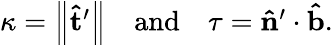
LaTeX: \begin{array}{r}{\kappa=\left\lVert\mathbf{\hat{t}^{\prime}}\right\rVert\quad\textrm{and}\quad\tau=\mathbf{\hat{n}^{\prime}}\cdot\mathbf{\hat{b}}.}\end{array}